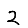
Digit: 2